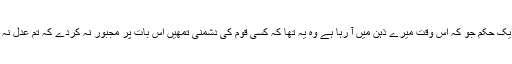
مثلا ایک حکم جو کہ اس وقت میرے ذہن میں آ رہا ہے وہ یہ تھا کہ کسی قوم کی دشمنی تمھیں اس بات پر مجبور نہ کردے کہ تم عدل نہ کرو۔